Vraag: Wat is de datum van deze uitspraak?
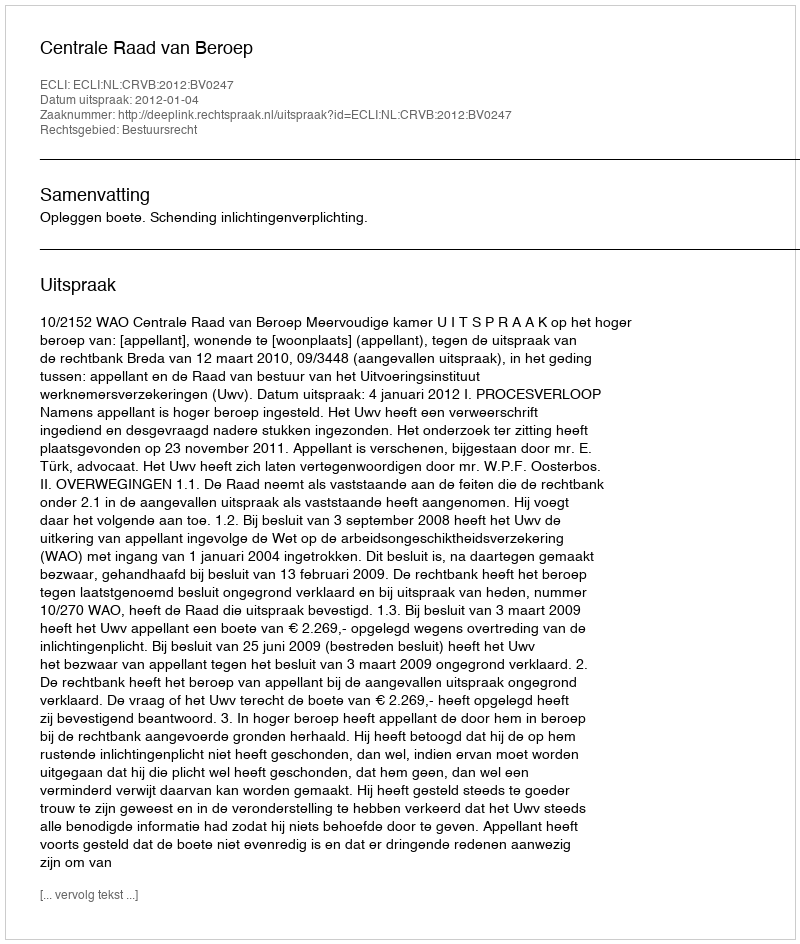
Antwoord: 2012-01-04